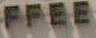
FFEE